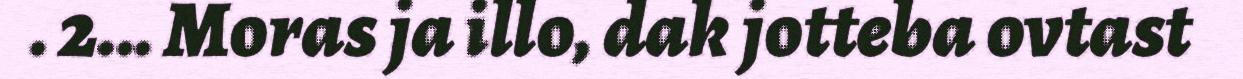
. 2... Moras ja illo, dak jotteba ovtast